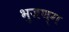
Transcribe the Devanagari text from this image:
भुजण्ग